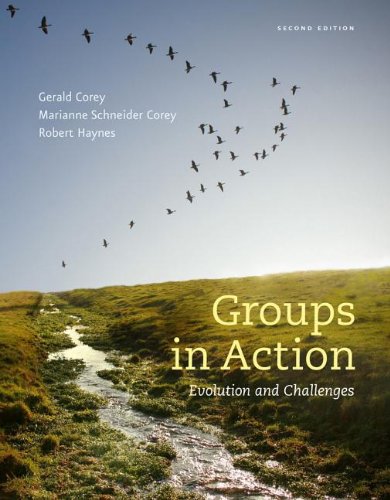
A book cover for Groups in Action: Evolution and Challenges (with Workbook, CourseMate with DVD, 1 term (6 months) Printed Access Card) (HSE 112 Group Process I); Gerald Corey; Test Preparation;